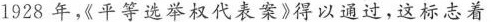
1928年《平等选举权代表案》得以通过，这标志着